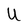
Character: U